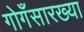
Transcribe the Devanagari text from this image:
गोगँसारख्या